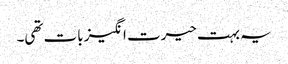
یہ بہت حیرت انگیز بات تھی۔